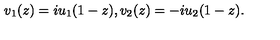
v _ { 1 } ( z ) = i u _ { 1 } ( 1 - z ) , v _ { 2 } ( z ) = - i u _ { 2 } ( 1 - z ) .